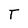
Character: F